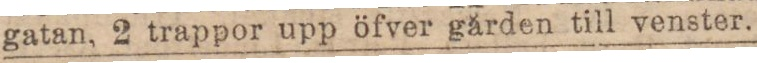
gatan, 2 trappor upp öfver gården till venster.